Insane asylums in Bengal annual reports 1867-1875 - 1867-1875
Year: 1867
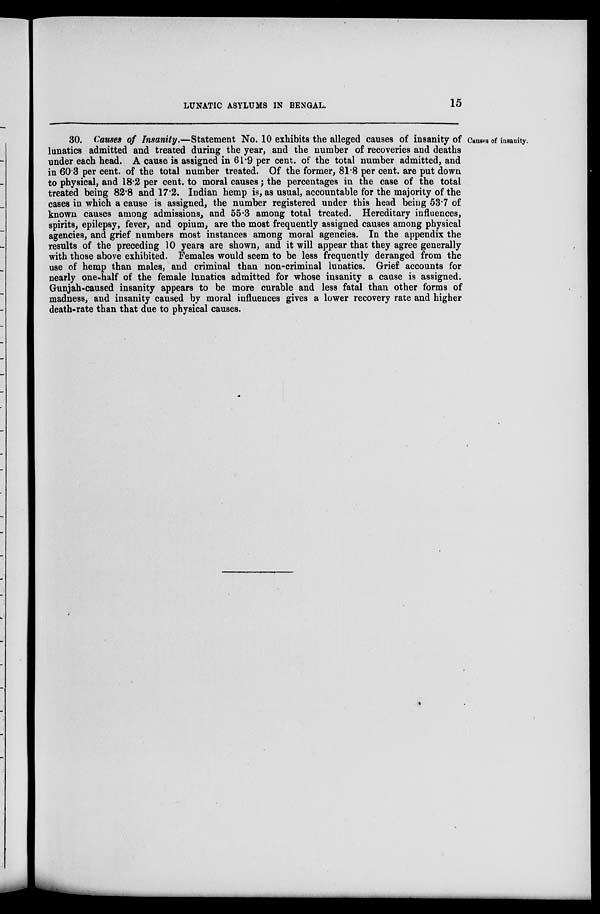
LUNATIC ASYLUMS IN BENGAL.
15
Causes of insanity.
30. Causes of Insanity.—Statement No. 10 exhibits the alleged causes of insanity of
lunatics admitted and treated during the year, and the number of recoveries and deaths
under each head. A cause is assigned in 61.9 per cent. of the total number admitted, and
in 60.3 per cent. of the total number treated. Of the former, 81.8 per cent. are put down
to physical, and 18.2 per cent. to moral causes; the percentages in the case of the total
treated being 82.8 and 17.2. Indian hemp is, as usual, accountable for the majority of the
cases in which a cause is assigned, the number registered under this head being 53.7 of
known causes among admissions, and 55.3 among total treated. Hereditary influences,
spirits, epilepsy, fever, and opium, are the most frequently assigned causes among physical
agencies, and grief numbers most instances among moral agencies. In the appendix the
results of the preceding 10 years are shown, and it will appear that they agree generally
with those above exhibited. Females would seem to be less frequently deranged from the
use of hemp than males, and criminal than non-criminal lunatics. Grief accounts for
nearly one-half of the female lunatics admitted for whose insanity a cause is assigned.
Gunjah-caused insanity appears to be more curable and less fatal than other forms of
madness, and insanity caused by moral influences gives a lower recovery rate and higher
death-rate than that due to physical causes.